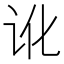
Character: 讹